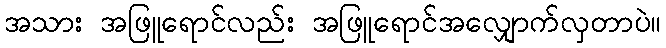
အသား အဖြူရောင်လည်း အဖြူရောင်အလျှောက်လှတာပဲ။